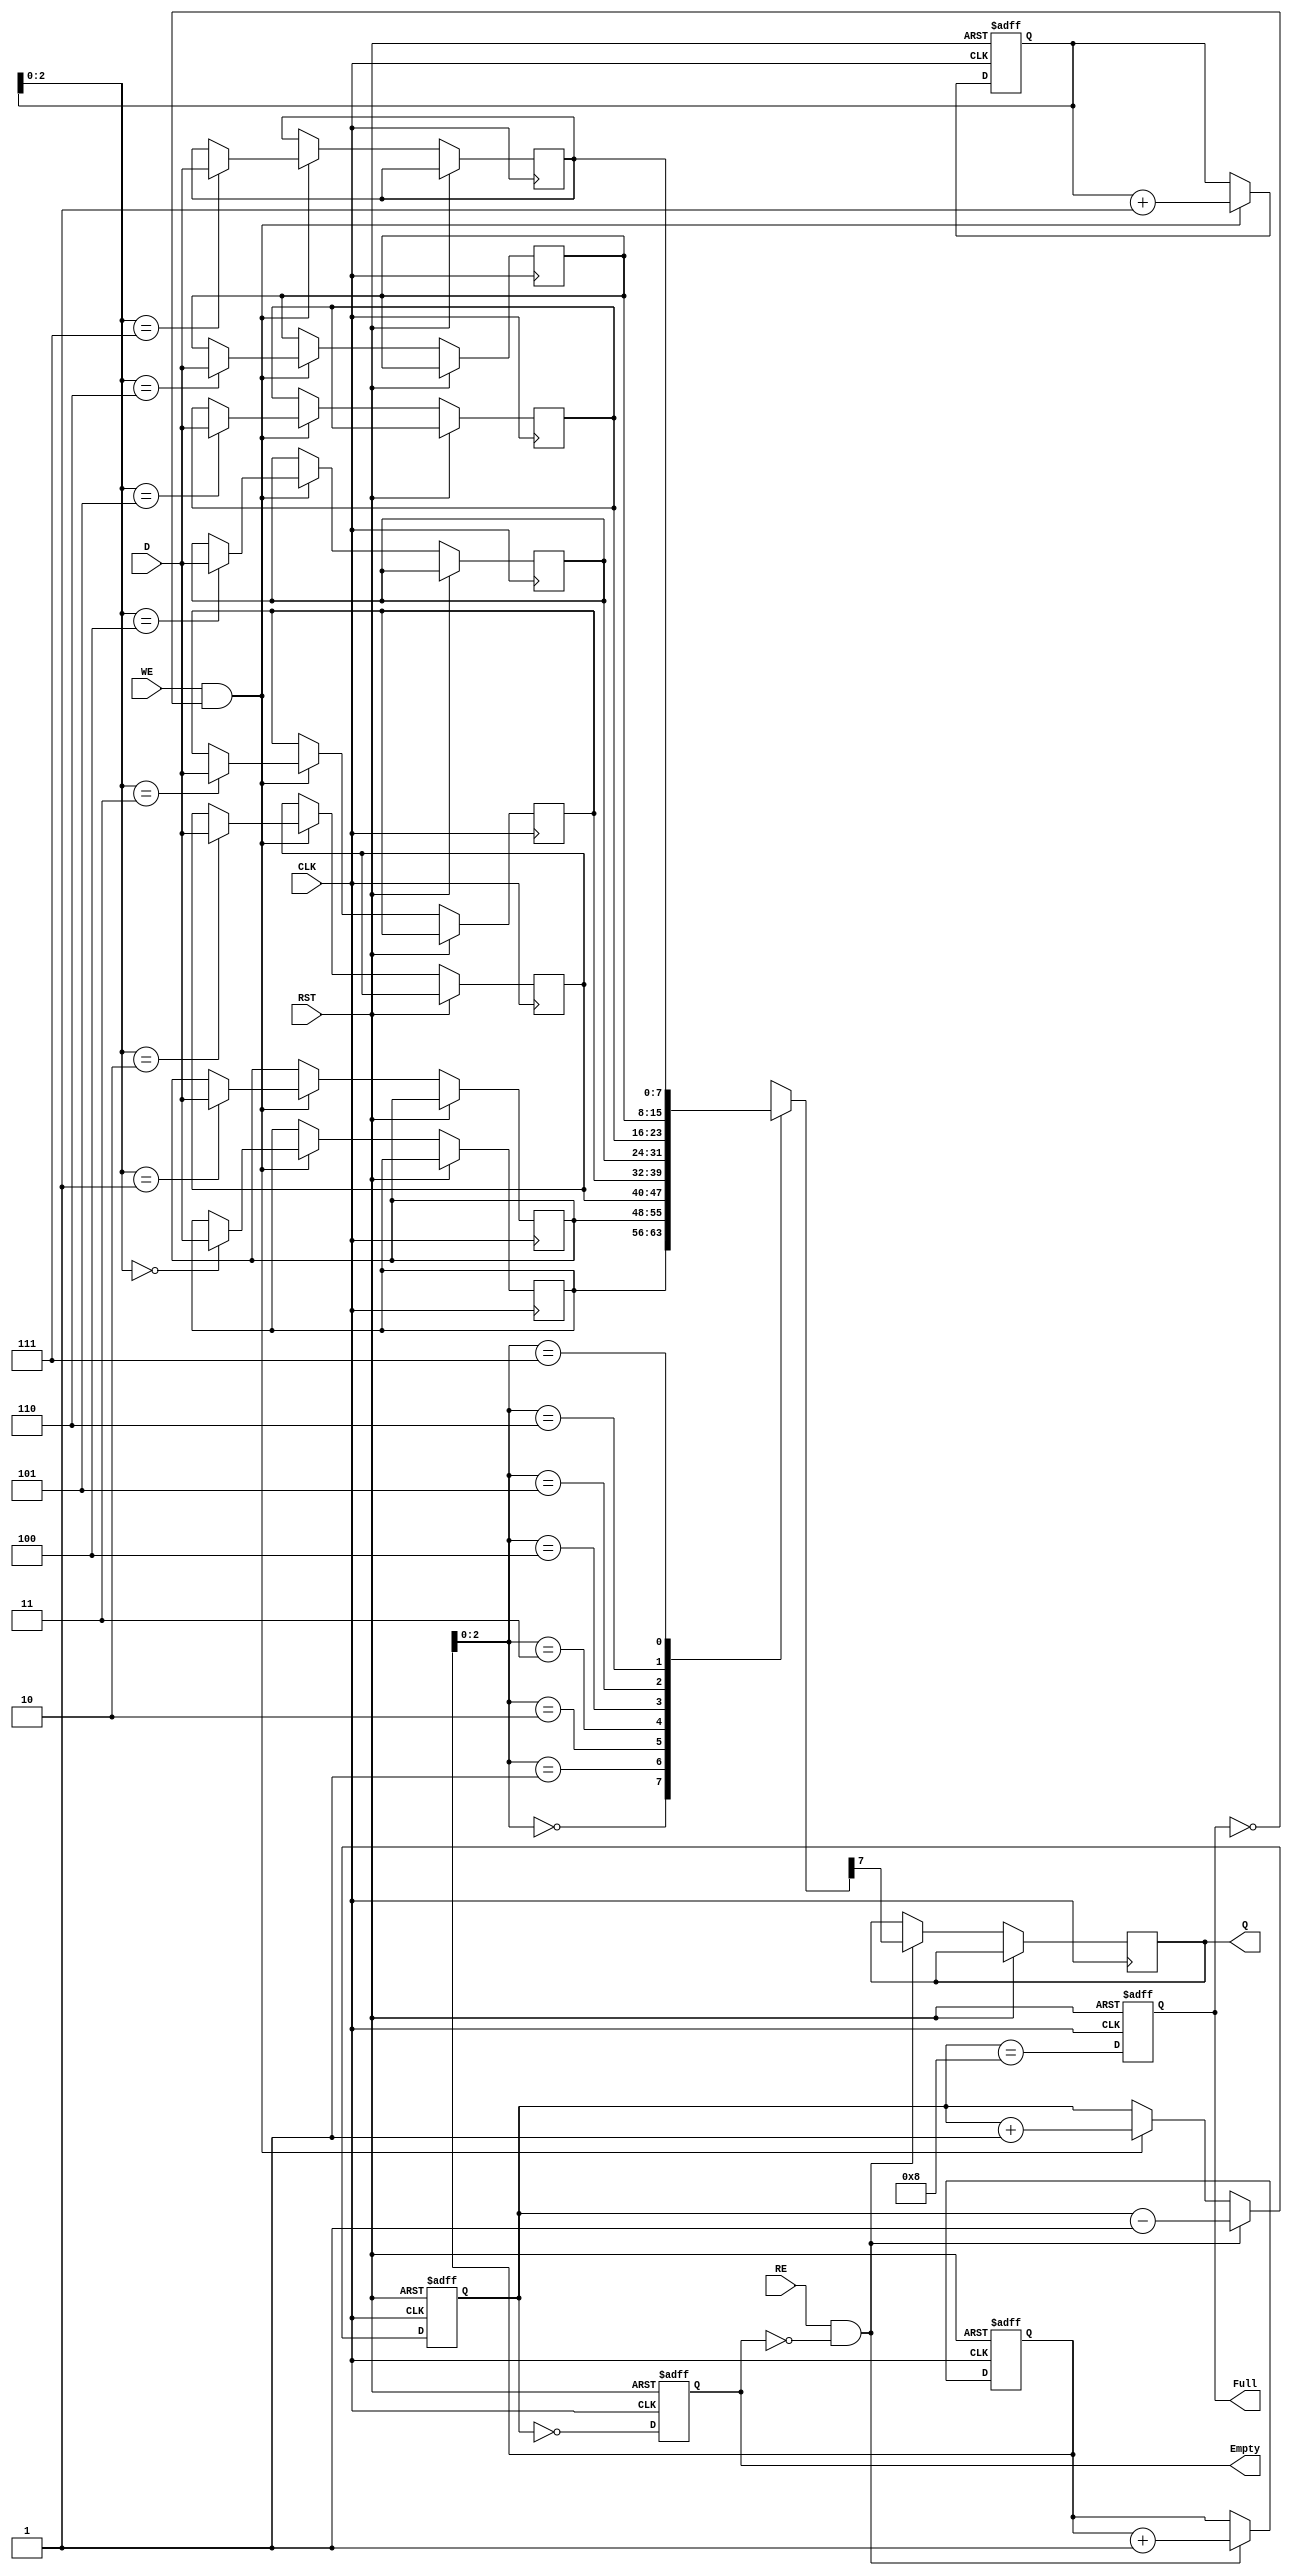
module fifo_piso(
    input wire [7:0] D,            // Parallel data input
    input wire WE,                 // Write enable
    input wire RE,                 // Read enable
    input wire CLK,                // Clock
    input wire RST,                // Reset
    output reg Q,                  // Serial output
    output reg Full,               // Full flag
    output reg Empty               // Empty flag
);

    parameter FIFO_DEPTH = 8; // FIFO depth (number of entries)
    
    reg [7:0] fifo_storage[FIFO_DEPTH-1:0]; // Storage for FIFO
    reg [3:0] write_ptr;      // Pointer for writing
    reg [3:0] read_ptr;       // Pointer for reading
    reg [3:0] count;          // Counter for number of elements in FIFO

    // Initialize FIFO
    always @(posedge CLK or posedge RST) begin
        if (RST) begin
            Full <= 0;
            Empty <= 1;
            write_ptr <= 0;
            read_ptr <= 0;
            count <= 0;
        end else begin
            // Write Data
            if (WE && !Full) begin
                fifo_storage[write_ptr] <= D; // Load data in FIFO
                write_ptr <= write_ptr + 1;   // Increment write pointer
                count <= count + 1;           // Increment count
            end
            
            // Update Full/Empty flags
            Full <= (count == FIFO_DEPTH);
            Empty <= (count == 0);
            
            // Read Data
            if (RE && !Empty) begin
                Q <= fifo_storage[read_ptr][7]; // Output MSB of the FIFO
                read_ptr <= read_ptr + 1;     // Increment read pointer
                count <= count - 1;           // Decrement count
            end
        end
    end

endmodule